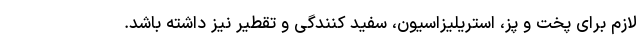
لازم برای پخت و پز، استریلیزاسیون، سفید کنندگی و تقطیر نیز داشته باشد.